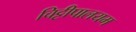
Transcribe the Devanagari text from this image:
चिट्टीपालयम